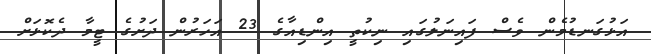
އަޅުގަނޑުމެން ވެސް ފައިނަލުގައި ނިކުތީ އިންޑިއާގެ 23 އަހަރުން ދަށުގެ ޓީމާ ދެކޮޅަށް